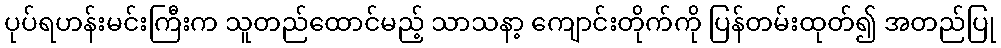
ပုပ်ရဟန်းမင်းကြီးက သူတည်ထောင်မည့် သာသနာ့ ကျောင်းတိုက်ကို ပြန်တမ်းထုတ်၍ အတည်ပြု